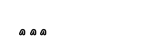
١٠١